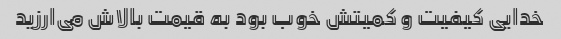
خدایی کیفیت و کمیتش خوب بود به قیمت بالاش می‌ارزید